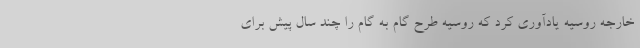
خارجه روسیه یادآوری کرد که روسیه طرح گام به گام را چند سال پیش برای